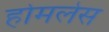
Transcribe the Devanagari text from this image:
होमलेस